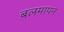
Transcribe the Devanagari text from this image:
बलमापन